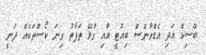
ބޭސިކް އަދި އެޑްވާންސް ބިއުޓީ އާއި ގުޅޭ ތަފާތު ގިނަ ކޯސްތަކެއް ދަނީ